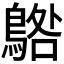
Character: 𱈰